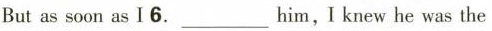
But as soon as Ⅰ 6.___Him，I knew he was the